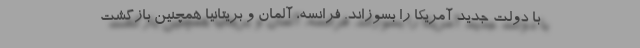
با دولت جدید آمریکا را بسوزاند. فرانسه، آلمان و بریتانیا همچنین بازگشت